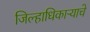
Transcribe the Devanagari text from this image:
जिल्हाधिकाऱ्याचे